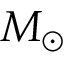
M _ { \odot }